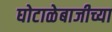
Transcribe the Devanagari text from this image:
घोटाळेबाजीच्या